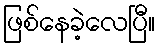
ဖြစ်နေခဲ့လေပြီ။